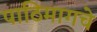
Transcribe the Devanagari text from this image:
पाठिमागचे